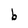
Character: b